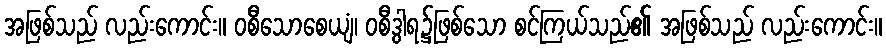
အဖြစ်သည် လည်းကောင်း။ ဝစီသောစေယျံ၊ ဝစီဒွါရ၌ဖြစ်သော စင်ကြယ်သည်၏ အဖြစ်သည် လည်းကောင်း။